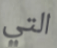
التي